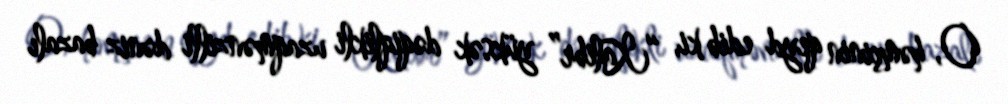
O, həmçinin qeyd edib ki, “Kalibr” yüksək dəqiqlikli uzaqmənzilli dəniz bazalı